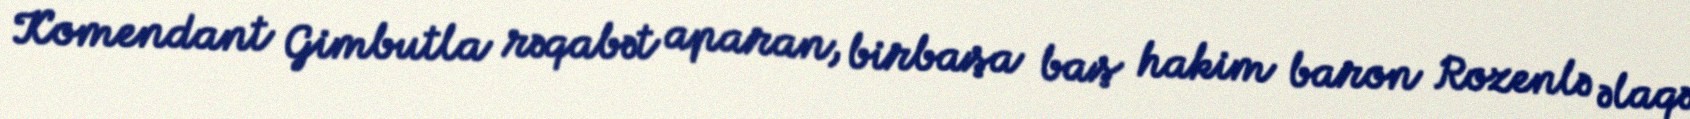
Komendant Gimbutla rəqabət aparan, birbaşa baş hakim baron Rozenlə əlaqə